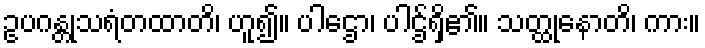
ဥပဂန္တုသရံတထာတိ၊ ဟူ၍။ ပါဌော၊ ပါဌ်ရှိ၏။ သတ္ထုနောတိ၊ ကား။